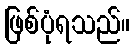
ဖြစ်ပုံရသည်။